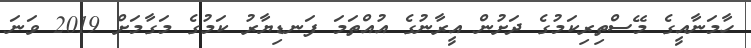
ހާމަނާއީގެ މޭސްތިރިކަމުގެ ދަށުން އީރާނުގެ އުއްތަމަ ފަނޑިޔާރު ކަމުގެ މަގާމަށް 2019 ވަނަ